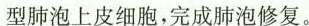
型肺泡上皮细胞，完成肺泡修复。